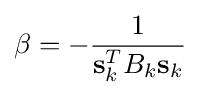
\beta =-{\frac {1}{\mathbf {s} _{k}^{T}B_{k}\mathbf {s} _{k}}}